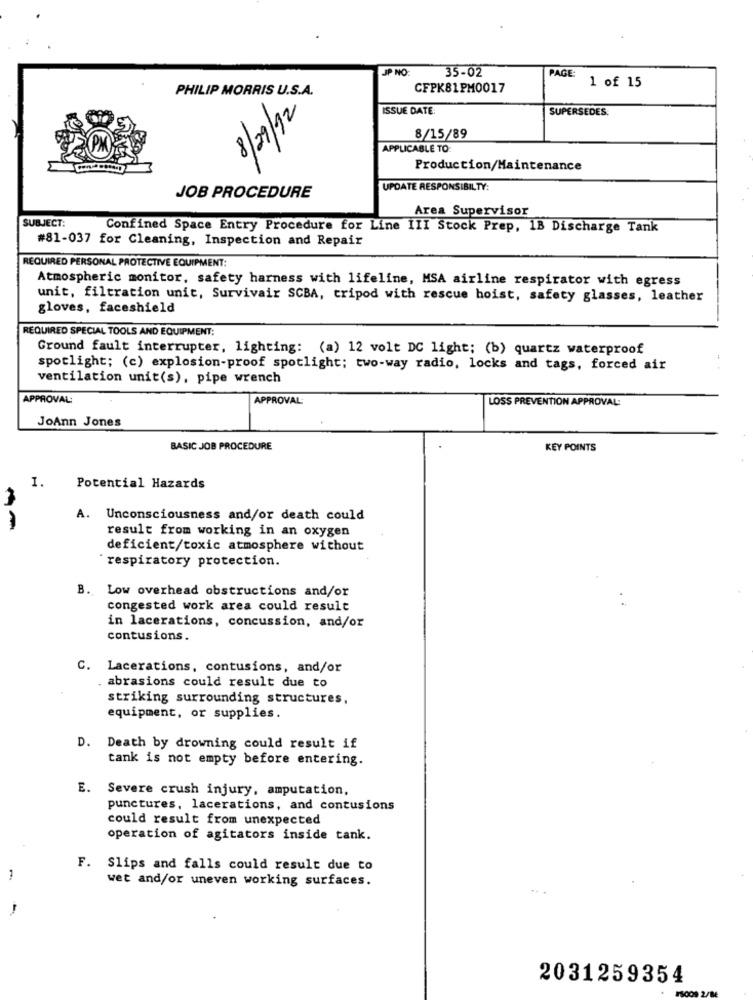
JP NO:
35-02
PAGE:
CFPK81PM0017
1 of 15
PHILIP MORRIS U.S.A.
8/29/12
ISSUE DATE:
SUPERSEDES.
8/15/89
APPLICABLE TO
Production/Maintenance
UPDATE RESPONSIBILTY:
JOB PROCEDURE
Area Supervisor
SUBJECT:
Confined Space Entry Procedure for Line III Stock Prep, 1B Discharge Tank
#81-037 for Cleaning, Inspection and Repair
REQUIRED PERSONAL PROTECTIVE EQUIPMENT:
Atmospheric monitor, safety harness with lifeline, MSA airline respirator with egress
unit, filtration unit, Survivair SCBA, tripod with rescue hoist, safety glasses, leather
gloves, faceshield
REQUIRED SPECIAL TOOLS AND EQUIPMENT:
Ground fault interrupter, lighting: (a) 12 volt DC light; (b) quartz waterproof
spotlight; (c) explosion-proof spotlight; two-way radio, locks and tags, forced air
ventilation unit(s), pipe wrench
APPROVAL
APPROVAL:
LOSS PREVENTION APPROVAL:
JoAnn Jones
BASIC JOB PROCEDURE
KEY POINTS
I.
Potential Hazards
A.
Unconsciousness and/or death could
result from working in an oxygen
deficient/toxic atmosphere without
` respiratory protection.
B. Low overhead obstructions and/or
congested work area could result
in lacerations, concussion, and/or
contusions.
C. Lacerations, contusions, and/or
. abrasions could result due to
striking surrounding structures,
equipment, or supplies.
D. Death by drowning could result if
tank is not empty before entering.
E. Severe crush injury, amputation,
punctures, lacerations, and contusions
could result from unexpected
operation of agitators inside tank.
F. Slips and falls could result due to
-
wet and/or uneven working surfaces.
2031259354